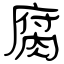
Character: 腐